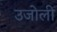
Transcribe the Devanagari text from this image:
उजोली